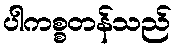
ပါကစ္စတန်သည်